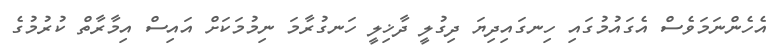
އެހެންނަމަވެސް އެގައުމުގައި ހިނގައިދިޔަ ދިގުލީ ދާޚިލީ ހަނގުރާމަ ނިމުމަކަށް އައިސް އިމާރާތް ކުރުމުގެ